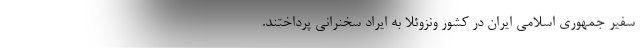
سفیر جمهوری اسلامی ایران در کشور ونزوئلا به ایراد سخنرانی پرداختند.